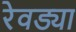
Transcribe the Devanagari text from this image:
रेवड्या